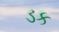
ડક